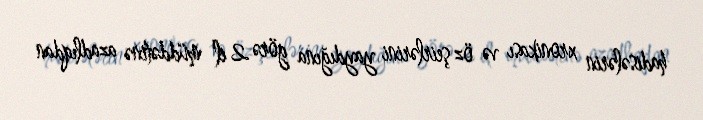
hadisələrin xronikası və öz şeirlərini yaydığına görə 2 il müddətinə azadlıqdan